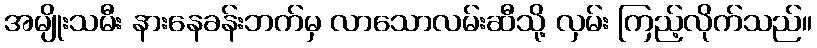
အမျိုးသမီး နားနေခန်းဘက်မှ လာသောလမ်းဆီသို့ လှမ်း ကြည့်လိုက်သည်။